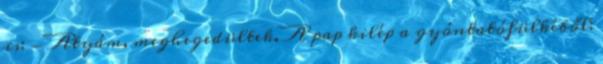
is: - Atyám, meghegedültek. A pap kilép a gyóntatófülkéből: